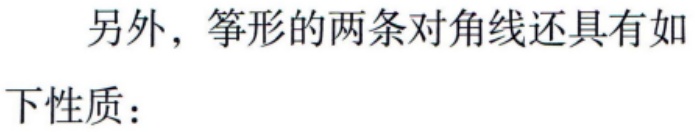
另外，筝形的两条对角线还具有如下性质：